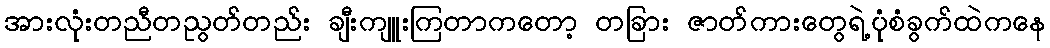
အားလုံးတညီတညွတ်တည်း ချီးကျူးကြတာကတော့ တခြား ဇာတ်ကားတွေရဲ့ပုံစံခွက်ထဲကနေ